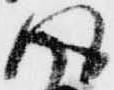
得